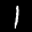
Label: 1